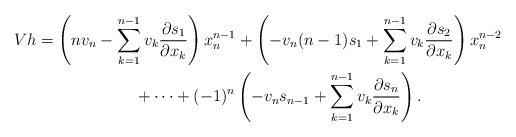
LaTeX: \begin{gather*} Vh= \left(nv_n-\sum_{k=1}^{n-1}v_k\frac{\partial s_1}{\partial x_k}\right)x_n^{n-1}+\left(-v_n(n-1)s_1 +\sum_{k=1}^{n-1}v_k\frac{\partial s_2}{\partial x_k}\right)x_n^{n-2} \\\hphantom{Vh=}{} +\cdots +(-1)^n\left(-v_ns_{n-1}+\sum_{k=1}^{n-1}v_k\frac{\partial s_n}{\partial x_k}\right). \end{gather*}